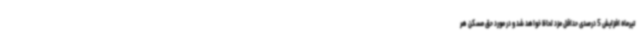
تیرماه افزایش 5 درصدی حداقل مزد لحاظ خواهد شد و در مورد حق مسکن هر